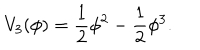
V _ { 3 } ( \phi ) = \frac { 1 } { 2 } \phi ^ { 2 } - \frac { 1 } { 2 } \phi ^ { 3 } .